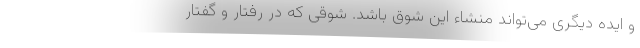
و ایده دیگری می‌تواند منشاء این شوق باشد. شوقی که در رفتار و گفتار